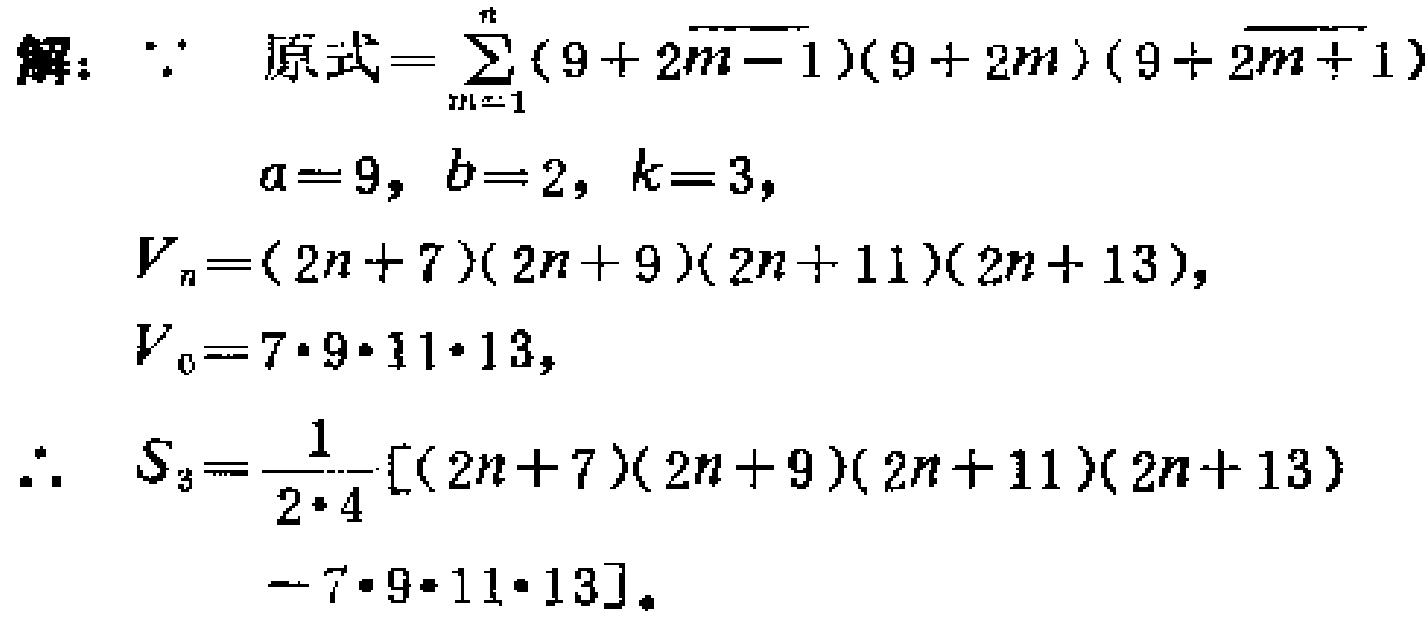
解：$\because$ 原式$=\sum_{m = 1}^{n}(9 + 2m - 1)(9 + 2m)(9 + 2m + 1)$
$a = 9, b = 2, k = 3,$
$V_{n}=(2n + 7)(2n + 9)(2n + 11)(2n + 13),$
$V_{0}=7\cdot9\cdot11\cdot13,$
$\therefore$ $S_{3}=\frac{1}{2\cdot4}[(2n + 7)(2n + 9)(2n + 11)(2n + 13)$
$- 7\cdot9\cdot11\cdot13].$